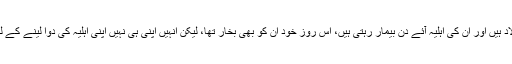
دراصل سلیم صاحب بےاولاد ہیں اور ان کی اہلیہ آئے دن بیمار رہتی ہیں، اس روز خود ان کو بھی بخار تھا، لیکن انہیں اپنی ہی نہیں اپنی اہلیہ کی دوا لینے کے لیے بھی گھر سے نکلنا پڑا۔